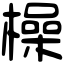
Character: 橾